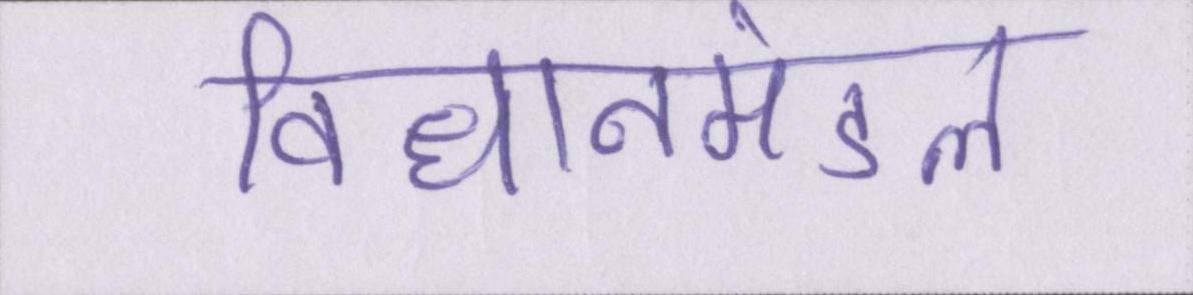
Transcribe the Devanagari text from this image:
विधानमंडल